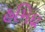
હમિદા